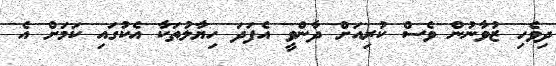
ދިވެހި ޒުވާނުން ވެސް ކުރިއަށް ދާންވީ އެފަދަ ހިޔާލުތަކާ އެކުގައި ކަމަށް އެ